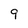
Character: 9